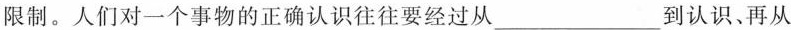
限制。人们对一个事物的正确认识往往要经过从___到认识、再从